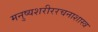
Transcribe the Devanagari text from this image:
मनुष्यशरीररचनाशास्त्र